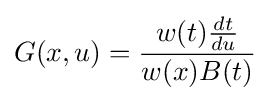
G(x,u)={\frac {w(t){\frac {dt}{du}}}{w(x)B(t)}}